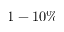
1 - 1 0 \%